Annual administration report of the Civil Veterinary Department, Ajmere-Merwara, British Rajputana - 1914-1940
Year: 1914
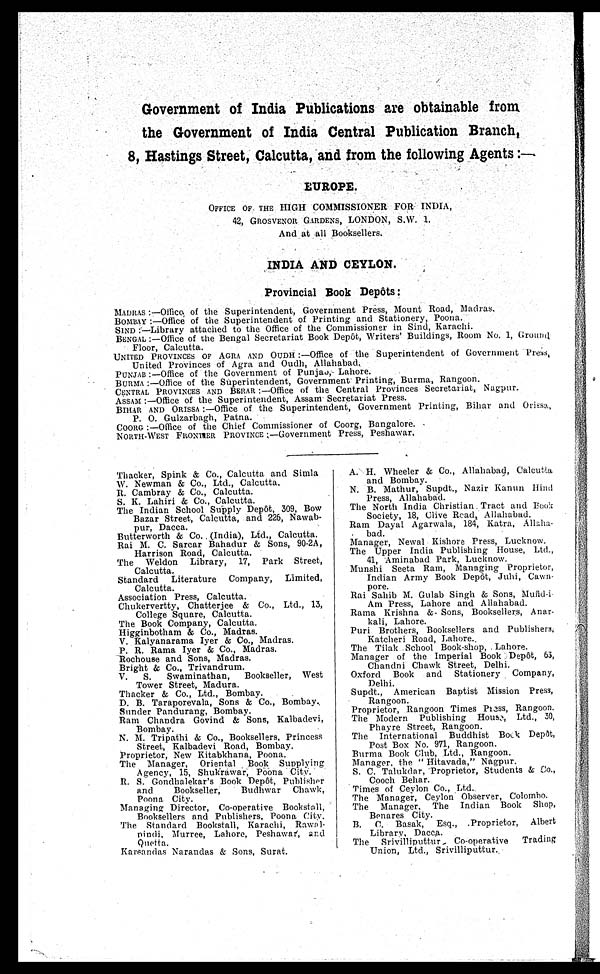
Government of India Publications are obtainable from
the Government of India Central Publication Branch,
8, Hastings Street, Calcutta, and from the following Agents:—
EUROPE.
OFFICE OF THE HIGH COMMISSIONER FOR INDIA,
42, GROSVENOR GARDENS, LONDON, S.W.
1.
And at all Booksellers.
INDIA AND CEYLON.
Provincial Book Depôts :
MADRAS .—Office of the Superintendent, Government Press, Mount Road, Madras.
BOMBAY :—Office of the Superintendent of Printing and Stationery, Poona.
SIND :—Library attached to the Office of the Commissioner in Sind, Karachi.
BENGAL :—Office of the Bengal Secretariat Book Depôt, Writers' Buildings, Room No. 1, Ground
Floor, Calcutta.
UNITED PROVINCES OF AGRA AND OUDH :—Office of the Superintendent of Government Press,
United Provinces of Agra and Oudh, Allahabad.
PUNJAB :—Office of the Government of Punjab, Lahore.
BURMA :—Office of the Superintendent, Government Printing, Burma, Rangoon.
CENTRAL PROVINCES AND BERAR :—Office of the Central Provinces Secretariat, Nagpur.
ASSAM :—Office of the Superintendent, Assam Secretariat Press.
BIHAR AND ORISSA :— Office of the Superintendent, Government Printing, Bihar and Oriasa,
P. O. Gulzarbagh, Patna.
COORC:—Office of the Chief Commissioner of Coorg, Bangalore.
NORTH-WEST FRONTIER PROVINCE :—Government Press, Peshawar,
Thacker, Spink & Co., Calcutta and Simla
W. Newman & Co., Ltd., Calcutta.
R. Cambray & Co., Calcutta.
S. K. Lahiri & Co., Calcutta.
The Indian School Supply Depôt, 309, Bow
Bazar Street, Calcutta, and 226, Nawab-
pur, Dacca.
Butterworth & Co. (India), Ltd., Calcutta.
Rai M. C. Sarcar Bahadur & Sons, 90-2A,
Harrison Road, Calcutta.
The Weldon Library, 17, Park Street,
Calcutta.
Standard Literature Company,
Limited,
Calcutta.
Association Press, Calcutta.
Chukervertty, Chatterjee & Co., Ltd., 13,
College Square, Calcutta.
The Book Company,
Calcutta.
Higginbotham & Co., Madras.
V. Kalyanarama Iyer & Co., Madras.
P. R. Rama Iyer & Co., Madras.
Rochouse and Sons, Madras.
Bright & Co., Trivandrum.
V.
S.
Swaminathan,
Bookseller, West
Tower Street, Madura.
Thacker & Co., Ltd., Bombay.
D. B. Taraporevala, Sons & Co., Bombay.
Sunder Pandurang, Bombay.
Ram Chandra Govind & Sons, Kalbadevi,
Bombay.
N. M. Tripathi & Co., Booksellers, Princess
Street, Kalbadevi Road, Bombay.
Proprietor, New Kitabkhana, Poona.
The Manager, Oriental Book Supplying
Agency. 15, Shukrawar, Poona City.
R. S. Gondhalekar's Book Depôt, Publisher
and
Bookseller,
Budhwar Chawk,
Poona City.
Managing Director, Co-operative Bookstall.
Booksellers and Publishers, Poona City.
The Standard Bookstall, Karachi,
Rawal¬
pindi. Murree, Lahore, Peshawar, and
Quetta.
Karsandas Narandas & Sons, Surat.
A. H. Wheeler & Co., Allahabad, Calcutta
and Bombay.
N. B. Mathur, Supdt., Nazir Kanun Hind
Press, Allahabad.
The North India Christian Tract and Book
Society, 18, Clive Road, Allahabad.
Ram Dayal Agarwala, 184, Katra, Allaha-
bad.
Manager, Newal Kishore Press, Lucknow.
The Upper India Publishing House, Ltd.,
41, Aminabad Park, Lucknow.
Munshi Seeta Ram, Managing Proprietor,
Indian Army Book Depôt, Juhi, Cawn
pore.
Rai Sahib M. Gulab Singh & Sons, Mufid-i
Am Press, Lahore and Allahabad.
Rama Krishna &. Sons, Booksellers, Anar-
kali, Lahore.
Puri Brothers, Booksellers and Publishers.
Katcheri Road, Lahore.
The Tilak School Book-shop, Lahore.
Manager of the Imperial Book Depôt, 65,
Chandni Chawk Street, Delhi.
Oxford Book and Stationery Company,
Delhi.
Supdt., American Baptist Mission Press,
Rangoon.
Proprietor, Rangoon Times Press, Rangoon.
The Modern Publishing House, Ltd., 30,
Phayre Street, Rangoon.
The International Buddhist Book Depôt,
Post Box No. 971, Rangoon.
Burma Book Club, Ltd., Rangoon.
Manager. the "Hitavada," Nagpur.
S. C.Talukdar, Proprietor, Students & Co.,
Cooch Behar.
Times of Ceylon Co., Ltd.
The Manager, Ceylon Observer, Colombo.
The Manager, The Indian Book Shop,
Benares City.
B.
C. Basak, Esq., Proprietor, Albert
Library. Dacca.
The Srivilliputtur
Co-operative
Trading
Union, Ltd., Srivilliputtur.